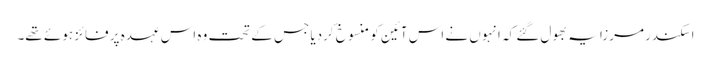
اسکندر مرزا یہ بھول گئے کہ انہوں نے اس آئین کو منسوخ کردیا جس کے تحت وہ اس عہدہ پر فائز ہوئے تھے۔